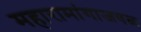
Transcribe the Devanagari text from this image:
महारामांगाजवळ